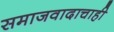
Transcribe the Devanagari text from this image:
समाजवादाचाही